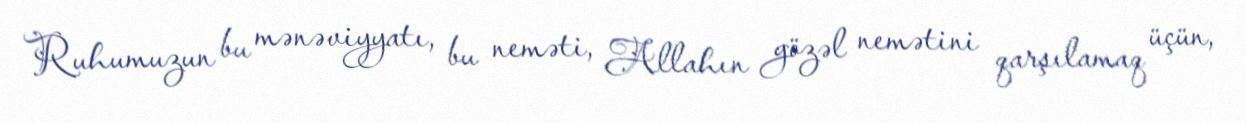
Ruhumuzun bu mənəviyyatı, bu neməti, Allahın gözəl nemətini qarşılamaq üçün,